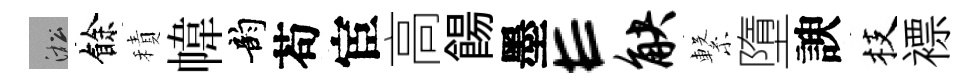
淞餘積幃韵苟宦高餳墨E觖繋墮諛枝褾